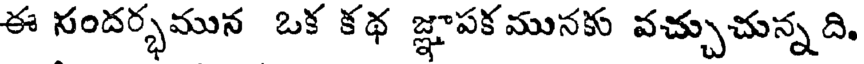
ఈ సందర్భమున ఒక కథ జ్ఞాపకమునకు వచ్చుచున్నది,